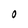
Character: O